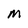
Character: M